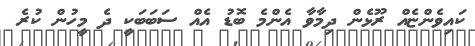
ކައިވެންޏެއް ރޫޅެން ދިމާވާ އެންމެ ބޮޑު އެއް ސަބަބަކީ ދެ މީހުން ކުރެ